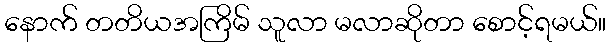
နောက် တတိယအကြိမ် သူလာ မလာဆိုတာ စောင့်ရမယ်။